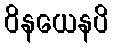
ဝိနယေနပိ